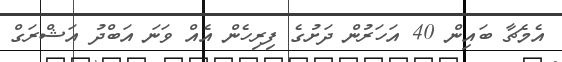
އެމެޗާ ބައިން 40 އަހަރުން ދަށުގެ ފިރިހެން އެއް ވަނަ އަބްދު އަޝްރަގް